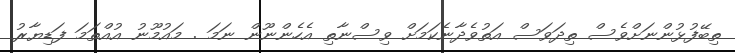
ތިބޭފުޅުންނަށްވެސް ތިދަވަސް އަތުވެދާނެކަމަށް ވިސްނާތި އެހެންނޫން ނަމަ . މައުމޫނު އުއްތަމަ ފަޑިޔާރު